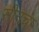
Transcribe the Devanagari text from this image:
सीनचा